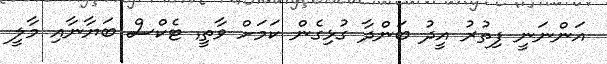
އަންނަނީ ފިތުރު އީދު ބަންދާ ގުޅިގެން ކަމަށް ވާތީ